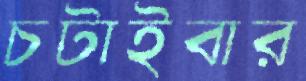
চটাইবার